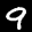
Label: 9